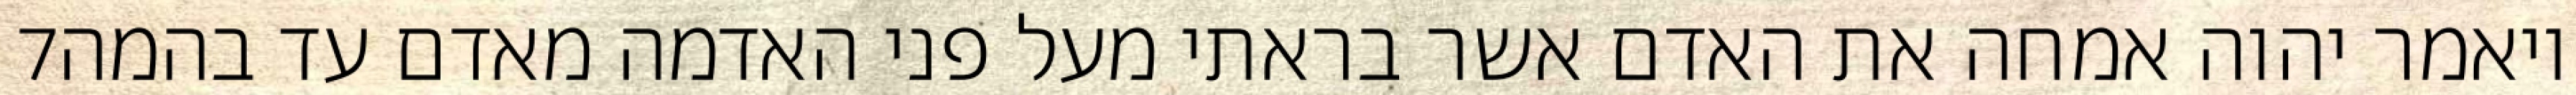
‎7‏ ויאמר יהוה אמחה את האדם אשר בראתי מעל פני האדמה מאדם עד בהמה